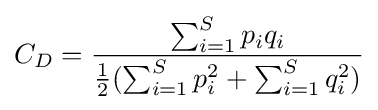
C_{D}={\frac {\sum _{i=1}^{S}p_{i}q_{i}}{{\frac {1}{2}}(\sum _{i=1}^{S}p_{i}^{2}+\sum _{i=1}^{S}q_{i}^{2})}}